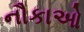
નૌકાઓ